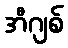
အီဂျစ်